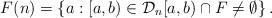
LaTeX: \begin{align*}F(n)=\left\{a :[a,b)\in \mathcal{D}_n [a,b) \cap F \neq\emptyset \right\}.\end{align*}